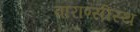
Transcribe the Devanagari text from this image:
वाराण्सीस्थ